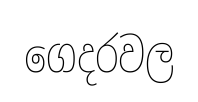
ගෙදරවල